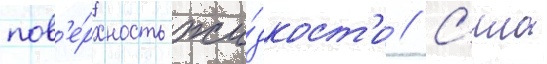
пов'е́рхность жи́дкост'и // С'ила